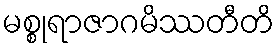
မစ္စုရာဇာဂမိဿတီတိ